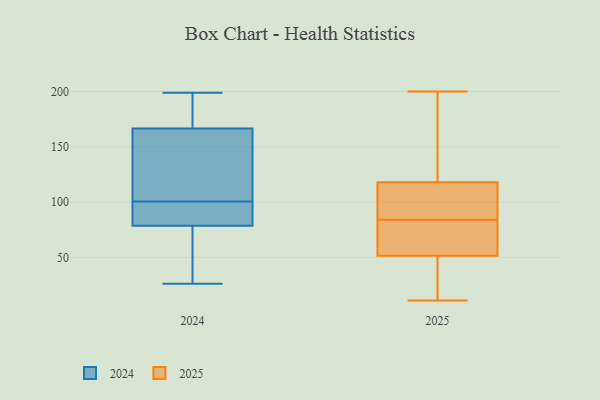
{"axis": {"x": "Satisfaction Score", "y": "Value"}, "legend": ["2024", "2025"], "data": [{"x": "", "y": 200, "type": "2025"}, {"x": "", "y": 41, "type": "2025"}, {"x": "", "y": 109, "type": "2025"}, {"x": "", "y": 28, "type": "2025"}, {"x": "", "y": 191, "type": "2025"}, {"x": "", "y": 83, "type": "2025"}, {"x": "", "y": 11, "type": "2025"}, {"x": "", "y": 88, "type": "2025"}, {"x": "", "y": 100, "type": "2025"}, {"x": "", "y": 71, "type": "2025"}, {"x": "", "y": 164, "type": "2025"}, {"x": "", "y": 118, "type": "2025"}, {"x": "", "y": 76, "type": "2025"}, {"x": "", "y": 118, "type": "2025"}, {"x": "", "y": 27, "type": "2025"}, {"x": "", "y": 46, "type": "2025"}, {"x": "", "y": 68, "type": "2025"}, {"x": "", "y": 154, "type": "2025"}, {"x": "", "y": 84, "type": "2025"}, {"x": "", "y": 106, "type": "2024"}, {"x": "", "y": 95, "type": "2024"}, {"x": "", "y": 160, "type": "2024"}, {"x": "", "y": 173, "type": "2024"}, {"x": "", "y": 94, "type": "2024"}, {"x": "", "y": 65, "type": "2024"}, {"x": "", "y": 160, "type": "2024"}, {"x": "", "y": 26, "type": "2024"}, {"x": "", "y": 199, "type": "2024"}, {"x": "", "y": 198, "type": "2024"}, {"x": "", "y": 50, "type": "2024"}, {"x": "", "y": 92, "type": "2024"}]}